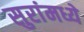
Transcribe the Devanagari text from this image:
सुरांमध्ये